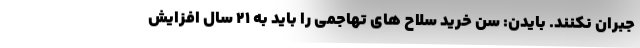
جبران نکنند. بایدن: سن خرید سلاح های تهاجمی را باید به ۲۱ سال افزایش